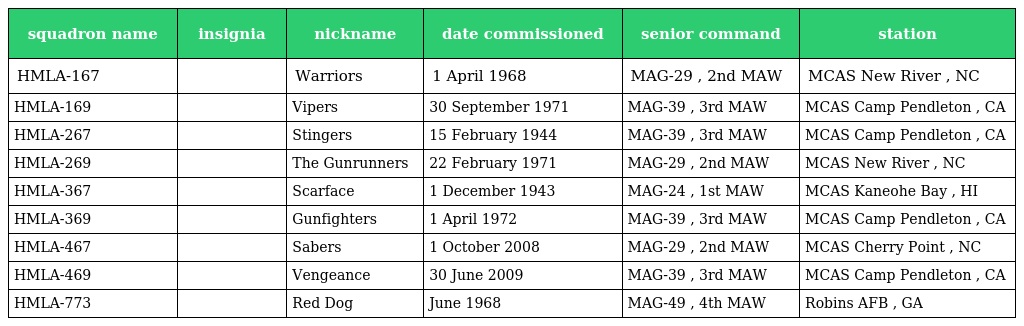
| squadron name | insignia | nickname | date commissioned | senior command | station |
 | --- | --- | --- | --- | --- | --- |
 | HMLA-167 |  | Warriors | 1 April 1968 | MAG-29 , 2nd MAW | MCAS New River , NC |
 | HMLA-169 |  | Vipers | 30 September 1971 | MAG-39 , 3rd MAW | MCAS Camp Pendleton , CA |
 | HMLA-267 |  | Stingers | 15 February 1944 | MAG-39 , 3rd MAW | MCAS Camp Pendleton , CA |
 | HMLA-269 |  | The Gunrunners | 22 February 1971 | MAG-29 , 2nd MAW | MCAS New River , NC |
 | HMLA-367 |  | Scarface | 1 December 1943 | MAG-24 , 1st MAW | MCAS Kaneohe Bay , HI |
 | HMLA-369 |  | Gunfighters | 1 April 1972 | MAG-39 , 3rd MAW | MCAS Camp Pendleton , CA |
 | HMLA-467 |  | Sabers | 1 October 2008 | MAG-29 , 2nd MAW | MCAS Cherry Point , NC |
 | HMLA-469 |  | Vengeance | 30 June 2009 | MAG-39 , 3rd MAW | MCAS Camp Pendleton , CA |
 | HMLA-773 |  | Red Dog | June 1968 | MAG-49 , 4th MAW | Robins AFB , GA |